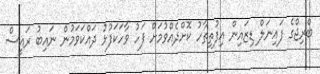
ބްރިޖްގެ ފައިނަލް ޑިޒައިން އިފުތިތާހު ކޮށްދެއްވުމަށް ފަހު ވާހަކަފުޅު ދައްކަވަމުން ނައިބު ރައީސް